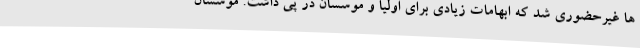
ها غیرحضوری شد که ابهامات زیادی برای اولیا و موسسان در پی داشت. موسسان